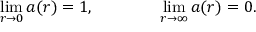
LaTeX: \operatorname * { l i m } _ { r \rightarrow 0 } a ( r ) = 1 , \qquad \qquad \operatorname * { l i m } _ { r \rightarrow \infty } a ( r ) = 0 .